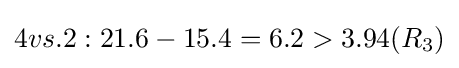
4vs.2:21.6-15.4=6.2>3.94(R_{3})